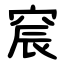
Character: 䆣